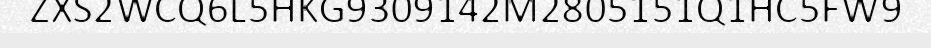
ZXS2WCQ6L5HKG9309142M2805151Q1HC5FW9